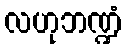
လဟုဘဏ္ဍံ